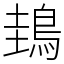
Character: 䳏